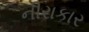
નીરાકાર